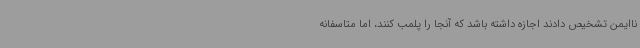
ناایمن تشخیص دادند اجازه داشته باشد که آنجا را پلمب کنند، اما متاسفانه